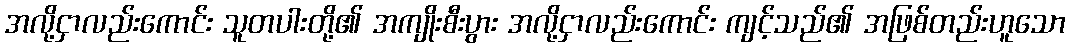
အလို့ငှာလည်းကောင်း သူတပါးတို့၏ အကျိုးစီးပွား အလို့ငှာလည်းကောင်း ကျင့်သည်၏ အဖြစ်တည်းဟူသော